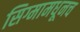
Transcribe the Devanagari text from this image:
सिग्मामधूनच